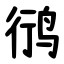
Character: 鸻